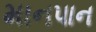
માનપાન